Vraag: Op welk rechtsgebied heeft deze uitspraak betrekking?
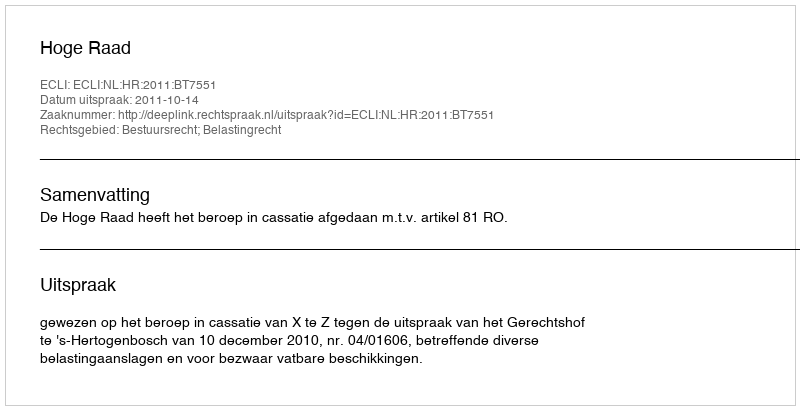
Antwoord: Bestuursrecht; Belastingrecht